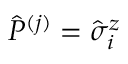
\hat { P } ^ { ( j ) } = \hat { \sigma } _ { i } ^ { z }